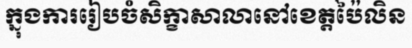
ក្នុងការរៀបចំសិក្ខាសាលានៅខេត្តប៉ៃលិន